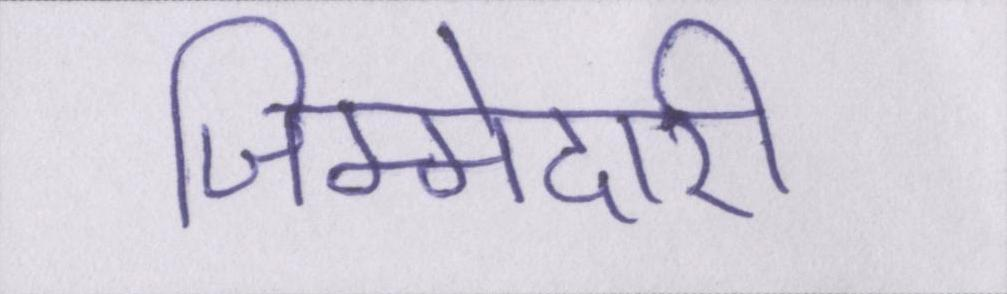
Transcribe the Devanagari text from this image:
जिम्मेदारी